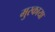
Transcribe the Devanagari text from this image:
मुस्काया